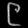
Digit: ၉